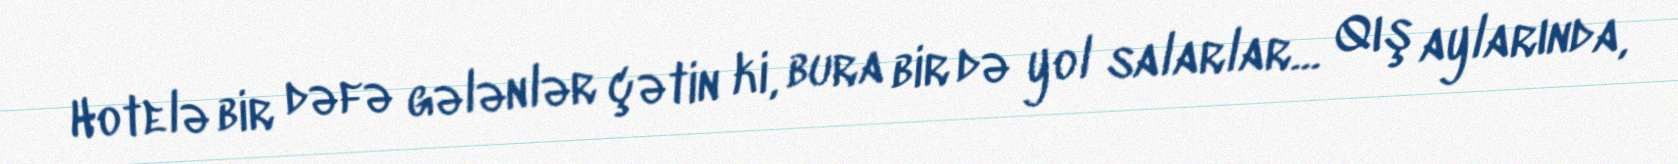
Hotelə bir dəfə gələnlər çətin ki, bura bir də yol salarlar... Qış aylarında,